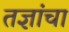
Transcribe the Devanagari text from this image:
तज्ञांचा